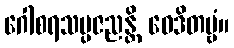
ဂေါစရသမ္ပဇညန္တိ ဝေဒိတဗ္ဗံ။